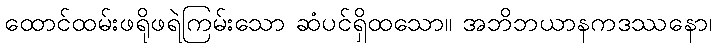
ထောင်ထမ်းဖရိုဖရဲကြမ်းသော ဆံပင်ရှိထသော။ အဘိဘယာနကဒဿနော၊